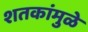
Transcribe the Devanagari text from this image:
शतकांमुळे